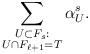
LaTeX: \begin{align*}\sum_{\substack{U \subset F_s: \\ U \cap F_{\ell+1} = T}} \alpha^s_U.\end{align*}